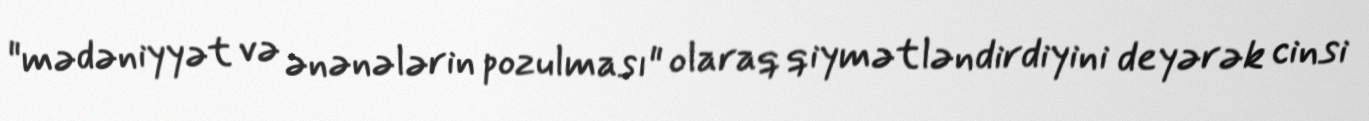
"mədəniyyət və ənənələrin pozulması" olaraq qiymətləndirdiyini deyərək cinsi